Report of the Indian Hemp Drugs Commission, 1894-1895 - Volume VI
Year: 1894
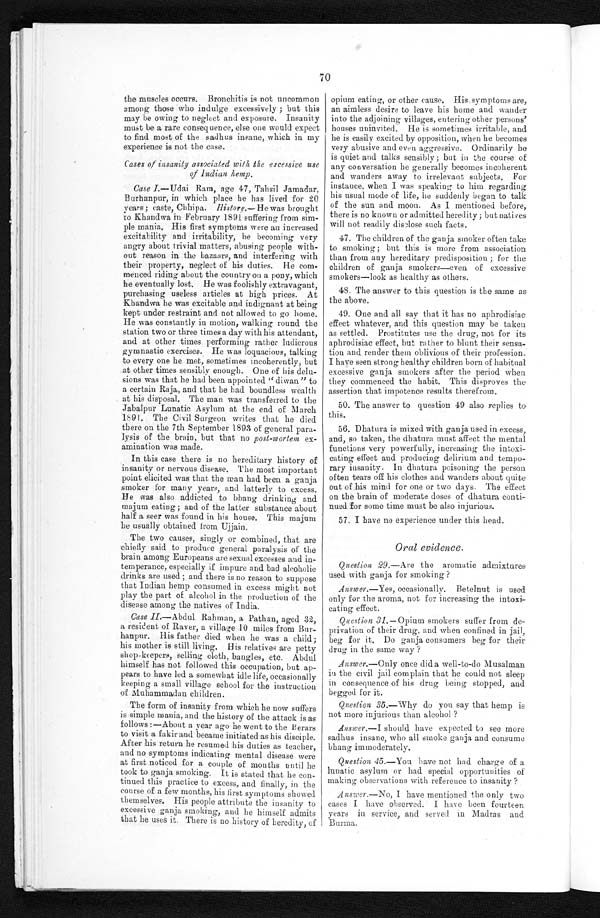
70
the muscles occurs. Bronchitis is not uncommon
among those who indulge excessively; but this
may be owing to neglect and exposure. Insanity
must be a rare consequence, else one would expect
to find most of the sadhus insane, which in my
experience is not the case.
Cases of insanity associated with the excessive use
of Indian hemp.
Case I.—Udai Ram, age 47, Tahsil Jamadar,
Burhanpur, in which place he has lived for 20
years; caste, Chhipa. History.—He was brought
to Khandwa in February 1891 suffering from sim
- p l e m a n i a . H i s f i r s t s y m p t o m s w e r e a n i n c r e a s e d
excitability and irritability, he becoming very
angry about trivial matters, abusing people with-
-out reason in the bazaars, and interfering with
their property, neglect of his duties. He com--
menced riding about the country on a pony, which
he eventually lost. He was foolishly extravagant,
purchasing useless articles at high prices. At
Khandwa he was excitable and indignant at being
kept under restraint and not allowed to go home.
He was constantly in motion, walking round the
station two or three times a day with his attendant,
and at other times performing rather ludicrous
gymnastic exercises. He was loquacious, talking
to every one he met, sometimes incoherently, but
at other times sensibly enough. One of his delu-
-sions was that he had been appointed "diwan" to
a certain Raja, and that he had boundless wealth
at his disposal. The man was transferred to the
Jabalpur Lunatic Asylum at the end of March
1891. The Civil Sargeon writes that he died
there on the 7th September 1893 of general para--
lysis of the brain, but that no post-mortem ex
-amination was made.
In this case there is no hereditary history of
insanity or nervous disease. The most important
point elicited was that the man had been a ganja
smoker for many years, and latterly to excess.
He was also addicted to bhang drinking a
n d
m a j u m e a t i n g ; a n d o f t h e l a t t e r s u b s t a n c e a b o u t
half a seer was found in his house. This majum
he usually obtained from Ujjain.
The two causes, singly or combined, that are
chiefly said to produce general paralysis of the
brain among Europeans are sexual excesses and in--
temperance, especially if impure and bad alcoholic
dri nks are used; and t here i s no reason t o suppose
that Indian hemp consumed in excess might not
play the part of alcohol in the production of the
disease among the natives of India.
Case II .—Abdul Rahman, a Pathan, aged 32,
a resident of Raver, a village 10 miles from Bur
- h a n p u r . H i s f a t h e r d i e d w h e n h e w a s a c h i l d ;
his mother is still living. His relatives are petty
shop-keepers, selling cloth, bangles, etc. Abdul
himself has not followed this occupation, but ap--
pears to have led a somewhat idle life, occasionally
keeping a small village school for the instruction
of Muhammadan children.
The form of insanity from which he now suffers
is simple mania, and the history of the attack is as
follows:—About a year ago he went to the Berars
to visit a fakir and became initiated as his disciple.
After his return he resumed his duties as teacher,
and no symptoms indicating mental disease were
at first noticed for a couple of months until he
took to ganja smoking. It is stated that he con--
tinued this practice to excess, and finally, in the
course of a few months, his first symptoms showed
themselves. His people attribute the insanity to
excessive ganja smoking, and he himself admits
that he uses it. There is no history of heredity, of
opium eating, or other cause. His symptoms are,
an aimless desire to leave his home and wander
into the adjoining villages, entering other persons'
houses uninvited. He is sometimes irritable, and
he is easily excited by opposition, when he becomes
very abusive and even aggressive. Ordinarily he
is quiet and talks sensibly; but in the course of
any conversation he generally becomes incoherent
and wanders away to irrelevant subjects. For
instance, when I was speaking to him regarding
his usual mode of life, he suddenly began to talk
of the sun and moon. As I mentioned before,
there is no known or admitted heredity; but natives
will not readily disclose such facts.
47. The children of the ganja smoker often take
to smoking; but this is more from association
than from any hereditary predisposition; for the
children of ganja smokers—even of excessive
smokers—look as healthy as others.
48. The answer to this question is the same as
the above.
49. One and all say that it has no aphrodisiac
effect whatever, and this question may be taken
as settled. Prostitutes use the drug, not for its
aphrodisiac effect, but rather to blunt their sensa--
tion and render them oblivious of their profession.
I have seen strong healthy children born of habitual
excessive ganja smokers after the period when
they commenced the habit. This disproves the
assertion that impotence results therefrom.
50. The answer to question 49 also replies to
this.
56. Dhatura is mixed with ganja used in excess,
and, so taken, the dhatura must affect the mental
functions very powerfully, increasing the intoxi--
cating effect and producing delirium and tempo--
rary insanity. In dhatura poisoning the person
often tears off his clothes and wanders about quite
out of his mind for one or two days. The effect
on the brain of moderate doses of dhatura conti--
nued for some time must be also injurious.
57. I have no experience under this head.
Oral evidence.
Question, 29 .—Are the aromatic admixtures
used with ganja for smoking ?
Answer.—Yes, occasionally. Betelnut is used
only for the aroma, not for increasing the intoxi-
cating effect.
Question 31.— Opium smokers suffer from de-
privation of their drug, and when confined in jail,
beg for it. Do ganja consumers beg for their
drug in the same way ?
Answer.—Only once did a well-to-do Musalman
in the civil jail complain that he could not sleep
in consequence of his drug being stopped, and
begged for it.
Question 35 .—Why do you say that hemp is
not more injurious than alcohol ?
Answer.— I should have expected to see more
sadhus insane, who all smoke ganja and consume
bhang immoderately.
Question 45 .—You have not had charge of a
lunatic asylum or had special opportunities of
making observations with reference to insanity ?
Answer.— No , I have mentioned the only two
cases I have observed. I have been fourteen
years in service, and served in Madras and
Burma.